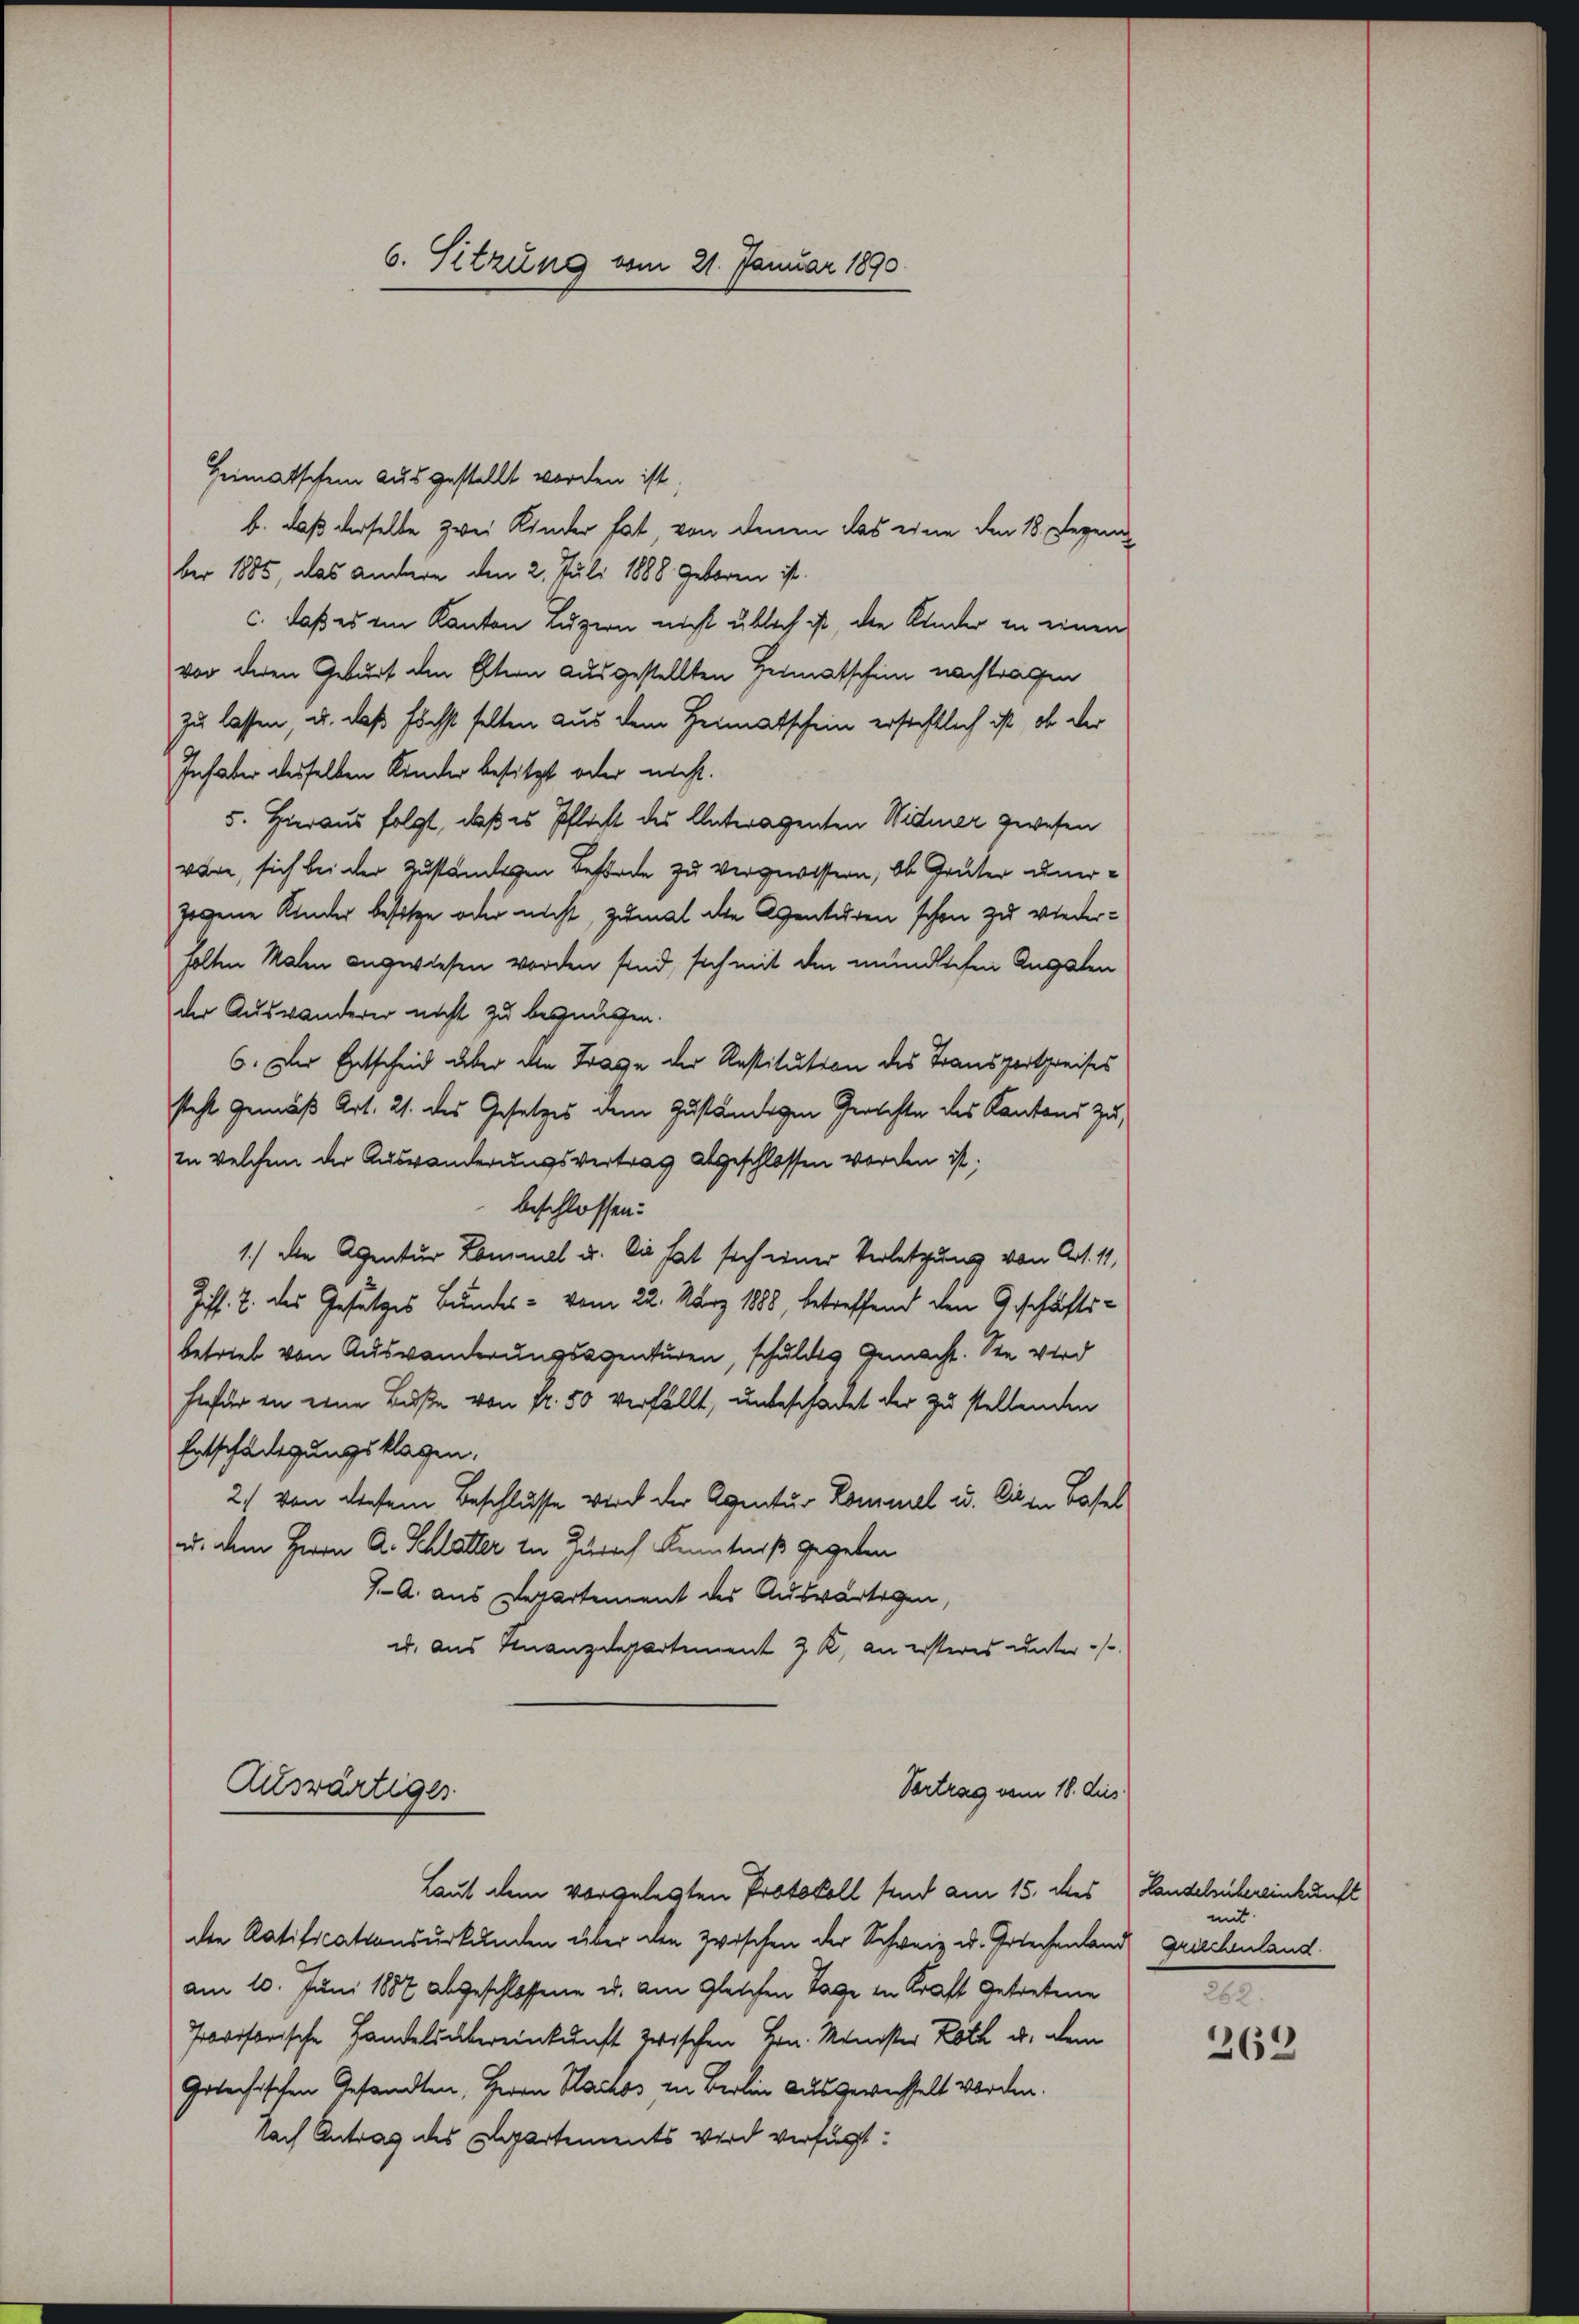
6. Sitzung vom 21. Januar 1890

Heimatschen ausgestellt worden ist.
b. daß derselbe zwei Kinder hat, von denen das eine den 18. Regen
ber 1885, das andere den 2. Juli 1888 geboren ist.
c. daß es im Kanton Luzern nicht üblich ist, die Kinder in einen
vor deren Geburt den Eltern ausgestellten Heimatschein nachtragen
zu lassen, u. daß höchst selten aus dem Heimatschein erstehtlich ist, ob der
Inhaber desselben Kinder besitzt oder nicht.
5. Hieraus folgt, daß es Pflicht des Unteragenten Widmer gewesen
wäre, sich bei der zuständigen Beförde zu vergewissern, ob Grüter unerzogene Kinder besitze oder nicht, zumal die Agenturen schon zu wiederholten Malen angewiesen worden sind, sich mit den mündlichen Augsten
der Auswanderer nicht zu begnügen.
6. Der Entscheid über die Frage der Restitution des Transportpreises
steht gemäß Art. 21. des Gesetzes dem Zuständigen Gerichte des Kantons zu,
in welchem der Auswanderungsvertrag abgeschlossen worden ist;
beschlossen:
1.) Den Agentur Lammel u. Sie hat sich einer Verletzung von Art. 11,
Ziff. J. des Gesetzes Bundes - vom 22. März 1888, betreffend den Geschäftsbetrieb von Auswanderungsagenturen, schuldig gemacht. Sie wird
hafür in eine Buße von Fr. 50 verfällt, unbeschadet der zu stellenden
Entschädigungsklagen.
2.) von diesem Beschlüsse wird der Agentur Kommel u. Die in Basel
u. dem Herrn A. Schlätter in Zürich Kenntniß gegeben
/A. aus Departement des Auswärtigen,
u. aus Finanzdepartement 2 K. an ersteres unter-

Auswärtiger

Vertrag vom 18. dies

Laut dem vorgelegten Protokoll sind am 15. des Lauschubereinkunft
die Ratificationsurkunden über den zwischen der Schweiz u. Griechenland griechenland.
am 10. Juni 1887 abgeschlossene u. am gleichen Tage in Kraft Getretene
Provisorische Handelsübereinkunft zwischen Hrn. Minister Loth u. dem
Gotechischen Gesandten, Herrn Nachkos in Berlin ausgewechselt worden.
Nach Antrag des Departements wird verfügt:

mit
282.

263